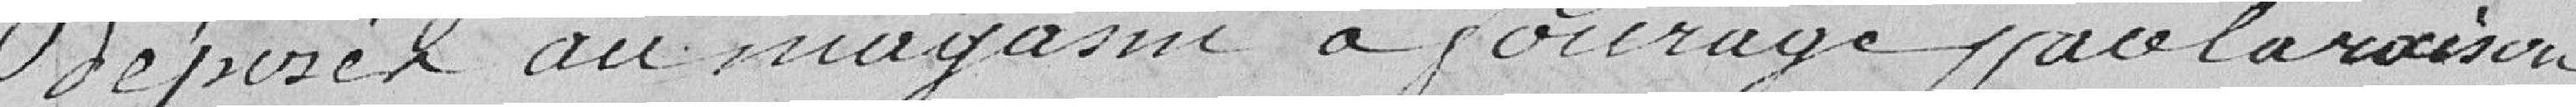
déposé au magasin de fourrage pour la raison